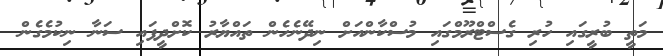
މަތީ ބުރީގައި ހުރި ގެސްޓްރޫމްގައި މުސްކާންއަށް ނިދޭނެހެން ތައްޔާރު ކޮށްދީފައި ސަނާ ނިކުމެގެން